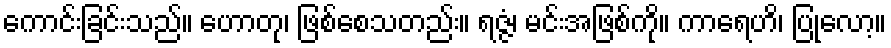
ကောင်းခြင်းသည်။ ဟောတု၊ ဖြစ်စေသတည်း။ ရဇ္ဇံ၊ မင်းအဖြစ်ကို။ ကာရေဟိ၊ ပြုလော့။